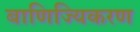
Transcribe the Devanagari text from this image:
बाणिज्यिकरण